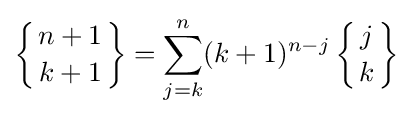
\left\{{n+1 \atop k+1}\right\}=\sum _{j=k}^{n}(k+1)^{n-j}\left\{{j \atop k}\right\}